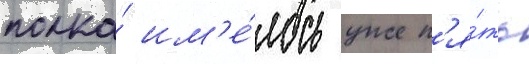
полка́ им'е́лось уже п'я́ть